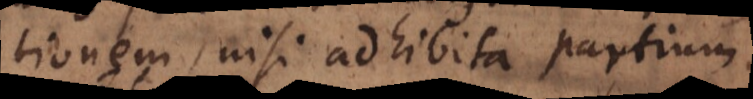
explicationem, nisi adhibita partium